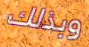
وبذلك